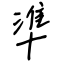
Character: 準